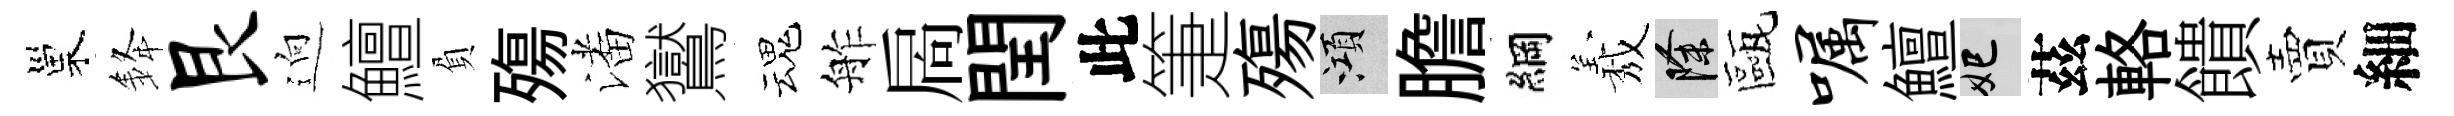
巢𨦟艮逈鱣負殤潘鸑魂舴扄閏此箑殤澒膽綱𦏁除甌嘱鱣妃茲輅饋賣細